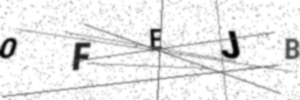
Text: OFEJB